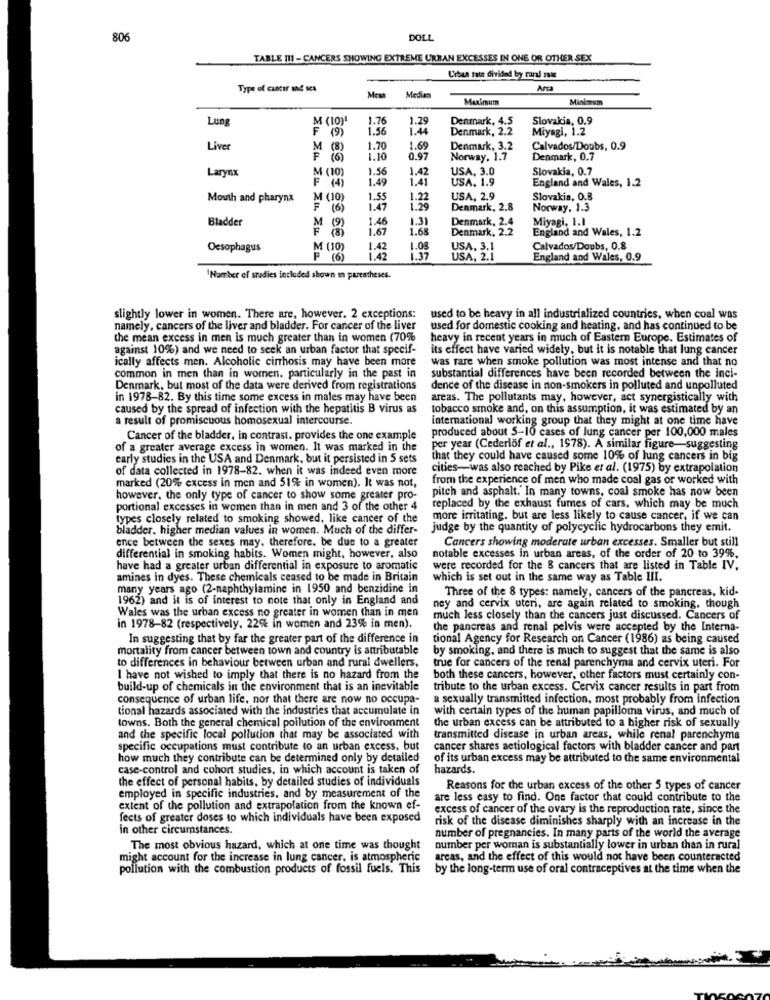
806
DOLL
TABLE [1] -CANCERS SHOWING EXTREME URBAN EXCESSES IN ONE OR OTHER SEX
Urban tate divided by carl mais
Type of cancer and sea
AP
Media
Maximum
Minimum
Lung
M (10)
1.76
1.29
Denmark, 4.5
Slovakia, 0.9
F
1.56
1.44
Denmark, 2.2
Miyagi, 1.2
Liver
M (8)
1.70
1.69
Denmark, 3.2
Calvados/Doubs, 0.9
F (6)
1.10
0.97
Norway, 1.7
Denmark, 0.7
Larynx
M (10)
1.56
1.42
USA, 3.0
Slovakia, 0.7
1.49
1.41
USA. 1.9
England and Wales, 1.2
F (4)
Mouth and pharynx
M (10)
1.22
USA, 2.9
Slovakia, O.B
F (6)
1.47
1.29
Denmark, 2.8
Norway, 1.3
Bladder
1.46
1.31
Denmark, 2.4
Miyagi, I.I
M (9)
1.67
1.68
Denmark, 2.2
England and Wales, 1.2
Oesophagus
M (10)
1.08
USA, 3.1
Calvados/Doubs, 0.8
1.37
USA, 2.1
England and Wales, 0.9
'Namber of studies included shown in parentheses.
slightly lower in women. There are, however. 2 exceptions:
used to be heavy in all industrialized countries, when coal was
namely, cancers of the liver and bladder. For cancer of the liver
used for domestic cooking and heating, and has continued to be
the mean excess in men is much greater than in women (70%
heavy in recent years in much of Eastern Europe. Estimates of
against 10%) and we need to seek an urban factor that specif-
its effect have varied widely, but it is notable that lung cancer
ically affects men. Alcoholic cirrhosis may have been more
was rare when smoke pollution was most intense and that no
common in men than in women. particularly in the past in
substantial differences have been recorded between the inci-
Denmark, but most of the data were derived from registrations
dence of the disease in non-smokers in polluted and unpolluted
in 1978-82. By this time some excess in males may have been
areas. The pollutants may, however, act synergistically with
caused by the spread of infection with the hepatitis B virus as
tobacco smoke and, on this assumption, it was estimated by an
a result of promiscuous homosexual intercourse.
international working group that they might at one time have
produced about 5-10 cases of lung cancer per 100,000 males
Cancer of the bladder. in contrast. provides the one example
of a greater average excess in women. It was marked in the
per year (Cederlof et al ., 1978). A similar figure-suggesting
early studies in the USA and Denmark, but it persisted in 5 sets
that they could have caused some 10% of lung cancers in big
of data collected in 1978-82. when it was indeed even more
cities -- was also reached by Pike et al. (1975) by extrapolation
from the experience of men who made coal gas or worked with
marked (20% excess in men and 51% in women). It was not,
pitch and asphalt. In many towns, coal smoke has now been
however, the only type of cancer to show some greater pro-
portional excesses in women than in men and 3 of the other 4
replaced by the exhaust fumes of cars, which may be much
types closely related to smoking showed, like cancer of the
more irritating. but are less likely to cause cancer, if we can
bladder. higher median values in women. Much of the differ-
Judge by the quantity of polycyclic hydrocarbons they emit.
ence between the sexes may. therefore, be due to a greater
Cancers showing moderate urban excesses. Smaller but still
differential in smoking habits. Women might, however, also
notable excesses in urban areas, of the order of 20 to 39%.
have had a greater urban differential in exposure to aromatic
were recorded for the & cancers that are listed in Table IV.
amines in dyes. These chemicals ceased to be made in Britain
which is set out in the same way as Table III.
many years ago (2-naphthylamine in 1950 and benzidine in
Three of the 8 types: namely, cancers of the pancreas, kid-
1962) and it is of interest to note that only in England and
Wales was the urban excess no greater in women than in men
ney and cervix uteri, are again related to smoking, though
much less closely than the cancers just discussed. Cancers of
in 1978-82 (respectively, 22% in women and 23% in men).
the pancreas and renal pelvis were accepted by the Interna-
In suggesting that by far the greater part of the difference in
tional Agency for Research on Cancer (1986) as being caused
mortality from cancer between town and country is attributable
by smoking, and there is much to suggest that the same is also
to differences in behaviour between urban and rural dwellers,
true for cancers of the renal parenchyma and cervix uteri. For
I have not wished to imply that there is no hazard from the
both these cancers, however, other factors must certainly con-
build-up of chemicals in the environment that is an inevitable
tribute to the urban excess. Cervix cancer results in part from
consequence of urban life, nor that there are now no occupa-
a sexually transmitted infection, most probably from infection
tional hazards associated with the industries that accumulate in
with certain types of the human papilloma virus, and much of
towns. Both the general chemical pollution of the environment
the urban excess can be attributed to a higher risk of sexually
and the specific local pollution that may be associated with
transmitted disease in urban areas, while renal parenchyma
specific occupations must contribute to an urban excess, but
cancer shares actiological factors with bladder cancer and part
how much they contribute can be determined only by detailed
of its urban excess may be attributed to the same environmental
case-control and cohort studies, in which account is taken of
hazards.
the effect of personal habits, by detailed studies of individuals
Reasons for the urban excess of the other 5 types of cancer
employed in specific industries, and by measurement of the
are less easy to find. One factor that could contribute to the
extent of the pollution and extrapolation from the known ef-
excess of cancer of the ovary is the reproduction rate, since the
fects of greater doses to which individuals have been exposed
risk of the disease diminishes sharply with an increase in the
in other circumstances.
number of pregnancies. In many parts of the world the average
The most obvious hazard, which at one time was thought
number per woman is substantially lower in urban than in rural
might account for the increase in lung cancer, is atmospheric
areas, and the effect of this would not have been counteracted
pollution with the combustion products of fossil fuels. This
by the long-term use of oral contraceptives at the time when the